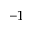
^ { - 1 }